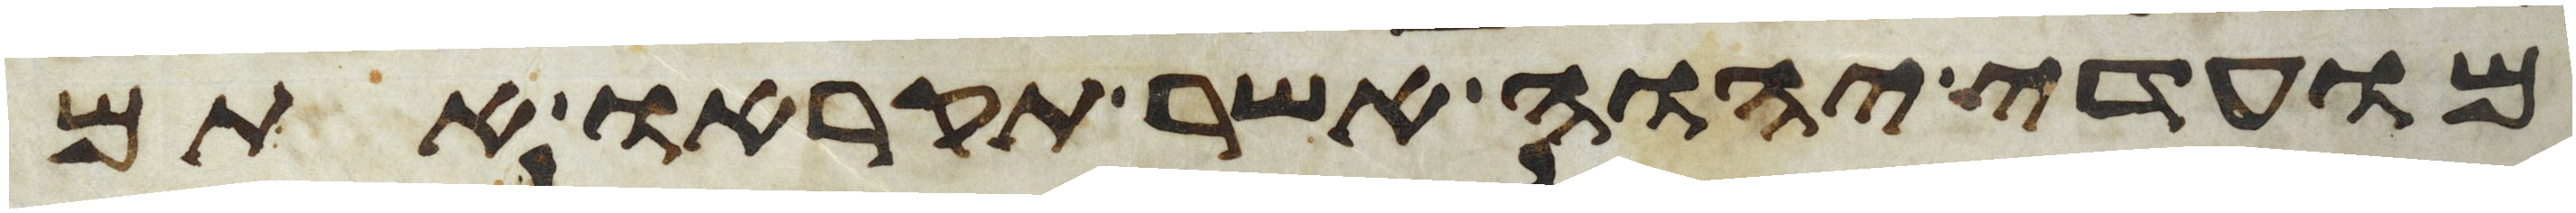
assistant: מועדי יהוה אשר תקראו אתם